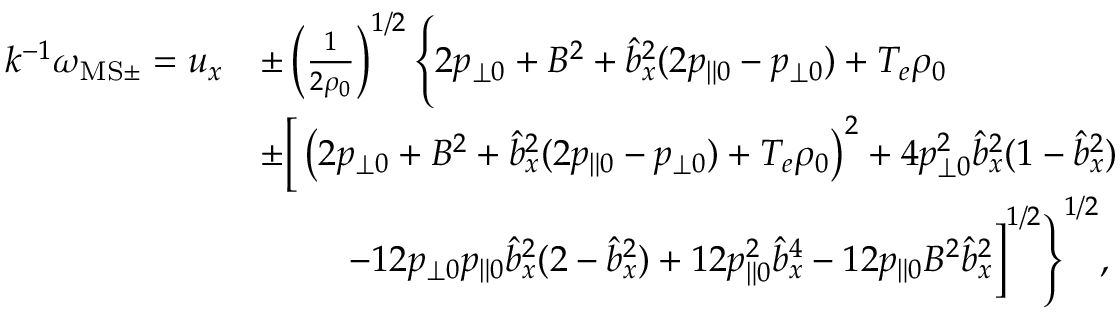
\begin{array} { r l } { k ^ { - 1 } \omega _ { \mathrm { M S } \pm } = u _ { x } } & { \pm \left( \frac { 1 } { 2 \rho _ { 0 } } \right) ^ { 1 / 2 } \Bigg \{ 2 p _ { \perp 0 } + B ^ { 2 } + \hat { b } _ { x } ^ { 2 } ( 2 p _ { \| 0 } - p _ { \perp 0 } ) + T _ { e } \rho _ { 0 } } \\ & { \pm \bigg [ \left( 2 p _ { \perp 0 } + B ^ { 2 } + \hat { b } _ { x } ^ { 2 } ( 2 p _ { \| 0 } - p _ { \perp 0 } ) + T _ { e } \rho _ { 0 } \right) ^ { 2 } + 4 p _ { \perp 0 } ^ { 2 } \hat { b } _ { x } ^ { 2 } ( 1 - \hat { b } _ { x } ^ { 2 } ) } \\ & { \qquad \: \: - 1 2 p _ { \perp 0 } p _ { \| 0 } \hat { b } _ { x } ^ { 2 } ( 2 - \hat { b } _ { x } ^ { 2 } ) + 1 2 p _ { \| 0 } ^ { 2 } \hat { b } _ { x } ^ { 4 } - 1 2 p _ { \| 0 } B ^ { 2 } \hat { b } _ { x } ^ { 2 } \bigg ] ^ { 1 / 2 } \Bigg \} ^ { 1 / 2 } , } \end{array}